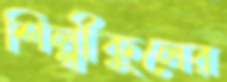
শিল্পীকুলের